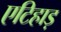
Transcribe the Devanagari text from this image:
एटिहाड़